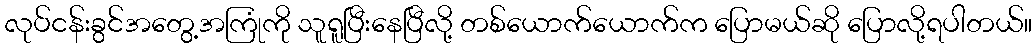
လုပ်ငန်းခွင်အတွေ့အကြုံကို သူရူပြီးနေပြီလို့ တစ်ယောက်ယောက်က ပြောမယ်ဆို ပြောလို့ရပါတယ်။